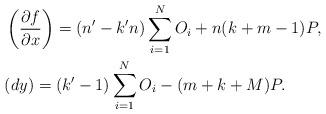
LaTeX: \begin{align*} &\left(\frac{\partial f}{\partial x}\right) = (n'-k'n) \sum_{i=1}^N O_i + n(k+m-1) P, \\ &(dy) = (k'-1) \sum_{i=1}^N O_i - (m+k+M)P.\end{align*}